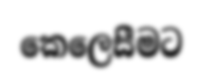
කෙලෙසීමට